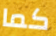
كما